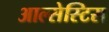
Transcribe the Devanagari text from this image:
आल्सेस्टिस